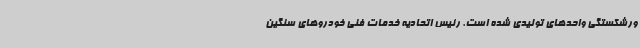
ورشکستگی واحدهای تولیدی شده است. رئیس اتحادیه خدمات فنی خودروهای سنگین